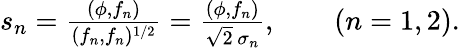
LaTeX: \begin{array}{r}{s_{n}=\frac{(\phi,f_{n})}{(f_{n},f_{n})^{1/2}}=\frac{(\phi,f_{n})}{\sqrt{2}\, \sigma_{n}},\qquad(n=1,2).}\end{array}